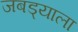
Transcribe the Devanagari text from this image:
जबड्याला